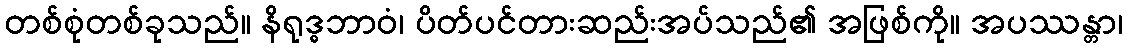
တစ်စုံတစ်ခုသည်။ နိရုဒ္ဓဘာဝံ၊ ပိတ်ပင်တားဆည်းအပ်သည်၏ အဖြစ်ကို။ အပဿန္တာ၊